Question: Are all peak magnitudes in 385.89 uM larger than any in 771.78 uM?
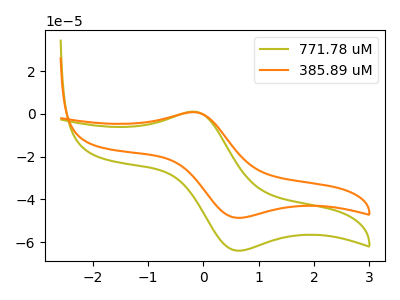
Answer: <think>The olive curve "771.78 uM" has an anodic peak at (-0.15V, 1.10uA) and a cathodic peak at (0.60V, -63.95uA). The orange curve "385.89 uM" has an anodic peak at (-0.15V, 0.85uA) and a cathodic peak at (0.60V, -48.60uA).</think>
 <answer>Every peak in "385.89 uM" is lower than every peak in "771.78 uM".</answer>
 <eval>lower</eval>